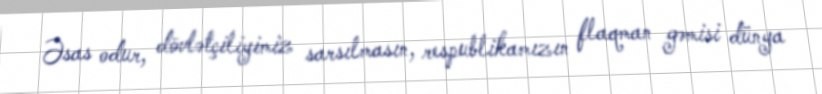
Əsas odur, dövlətçiliyimiz sarsılmasın, respublikamızın flaqman gəmisi dünya